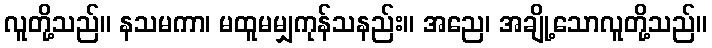
လူတို့သည်။ နသမကာ၊ မထူမမျှကုန်သနည်း။ အညေ၊ အချို့သောလူတို့သည်။